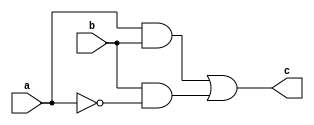
module and_gate(a,b,c);
  input a;
  input b;
  output c;
  //data flow modelling
  assign c = a&b | b&~a;

endmodule

//Test bench
module test_and;
  reg a;
  reg b;
  wire c;

  and_gate a1(a,b,c);
  initial
  begin
    $dumpfile("check.vcd");
    $dumpvars(0,test_and);

    a=0;
    b=0;

    a=0;
    b=1;
    ;
    a=1;
    b=0;
    ;
    a=1;
    b=1;
    ;


  end
endmodule